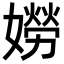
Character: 𡡯